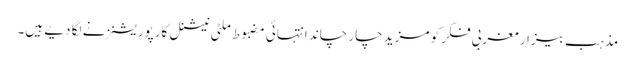
مذہب بیزار مغربی فکر کو مزید چار چاند انتہائی مضبوط ملٹی نیشنل کارپوریشنز نے لگا دیے ہیں۔